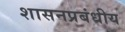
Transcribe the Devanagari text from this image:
शासनप्रबंधीय